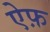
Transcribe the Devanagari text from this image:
ऐफ़